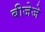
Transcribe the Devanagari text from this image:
बीजेजे